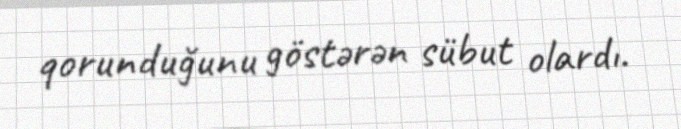
qorunduğunu göstərən sübut olardı.